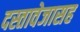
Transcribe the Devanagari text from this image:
दस्तावेजासह